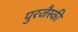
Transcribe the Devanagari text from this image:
पुरजैस्की